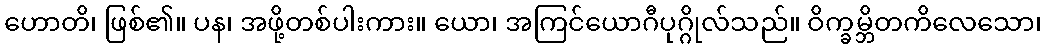
ဟောတိ၊ ဖြစ်၏။ ပန၊ အဖို့တစ်ပါးကား။ ယော၊ အကြင်ယောဂီပုဂ္ဂိုလ်သည်။ ဝိက္ခမ္ဘိတကိလေသော၊